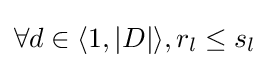
\forall d\in \langle 1,|D|\rangle ,r_{l}\leq s_{l}